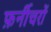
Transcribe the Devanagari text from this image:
फ़र्नीचरों